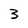
Character: 3